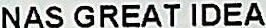
NAS GREAT IDEA